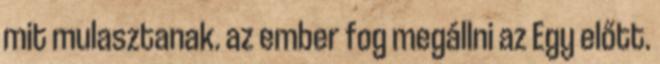
mit mulasztanak. az ember fog megállni az Egy előtt.